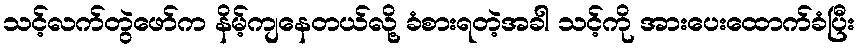
သင့်လက်တွဲဖော်က နိမ့်ကျနေတယ်လို့ ခံစားရတဲ့အခါ သင့်ကို အားပေးထောက်ခံပြီး